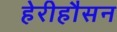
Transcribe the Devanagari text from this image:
हेरीहौसन